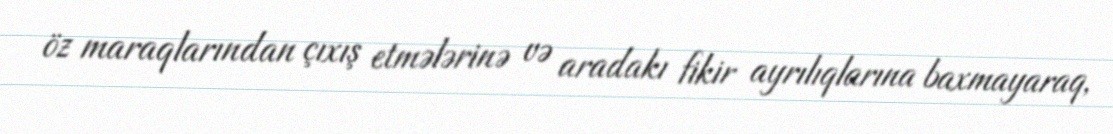
öz maraqlarından çıxış etmələrinə və aradakı fikir ayrılıqlarına baxmayaraq,